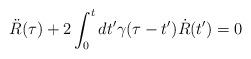
LaTeX: \begin{align*}\ddot{R}(\tau) + 2 \int^t_0{dt'} \gamma(\tau-t') \dot{R}(t') = 0\end{align*}